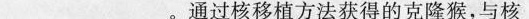
___。通过核移植方法获得的克隆猴，与核